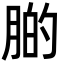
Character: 𦝂